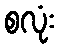
စလုံး